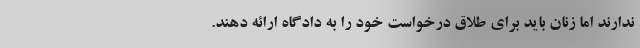
ندارند اما زنان باید برای طلاق درخواست خود را به دادگاه ارائه دهند.